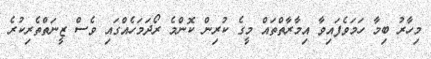
މިހާރު ބިމާ ހަމަވެފައިވާ އިމާރާތްތައް މީގެ ކުރިން ކޮންމެ ރޯދަމަހެއްގައި ވެސް ޒީނަތްތެރިކުރެ